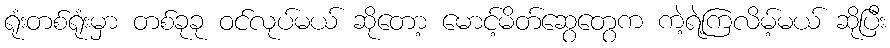
ရုံးတစ်ရုံးမှာ တစ်ခုခု ဝင်လုပ်မယ် ဆိုတော့ မောင့်မိတ်ဆွေတွေက ကဲ့ရဲ့ကြလိမ့်မယ် ဆိုပြီး